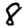
Digit: 8